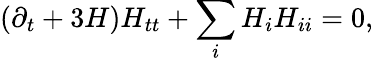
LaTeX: (\partial_{t}+3H)H_{tt}+\sum_{i}H_{i}H_{ii}=0,